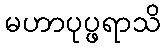
မဟာပုပ္ဖရာသိ